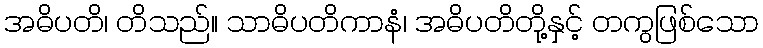
အဓိပတိ၊ တိသည်။ သာဓိပတိကာနံ၊ အဓိပတိတို့နှင့် တကွဖြစ်သော